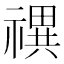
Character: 禩